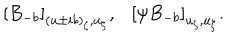
\left[ B _ { - b } \right] _ { ( u \pm i b ) _ { \zeta } , u _ { \zeta } } , \left[ \psi B _ { - b } \right] _ { u _ { \zeta } , u _ { \zeta } } .